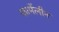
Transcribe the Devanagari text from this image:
फार्मेलीन